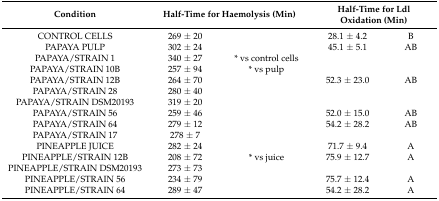
<table><thead><tr><td><b>Condition</b></td><td colspan="2"><b>Half-Time for Haemolysis (Min)</b></td><td colspan="2"><b>Half-Time for Ldl Oxidation (Min)</b></td></tr></thead><tbody><tr><td>CONTROL CELLS</td><td>269 ± 20</td><td></td><td>28.1 ± 4.2</td><td>B</td></tr><tr><td>PAPAYA PULP</td><td>302 ± 24</td><td></td><td>45.1 ± 5.1</td><td>AB</td></tr><tr><td>PAPAYA/STRAIN 1</td><td>340 ± 27</td><td>* vs control cells</td><td></td><td></td></tr><tr><td>PAPAYA/STRAIN 10B</td><td>257 ± 94</td><td>* vs pulp</td><td></td><td></td></tr><tr><td>PAPAYA/STRAIN 12B</td><td>264 ± 70</td><td></td><td>52.3 ± 23.0</td><td>AB</td></tr><tr><td>PAPAYA/STRAIN 28</td><td>280 ± 40</td><td></td><td></td><td></td></tr><tr><td>PAPAYA/STRAIN DSM20193</td><td>319 ± 20</td><td></td><td></td><td></td></tr><tr><td>PAPAYA/STRAIN 56</td><td>259 ± 46</td><td></td><td>52.0 ± 15.0</td><td>AB</td></tr><tr><td>PAPAYA/STRAIN 64</td><td>279 ± 12</td><td></td><td>54.2 ± 28.2</td><td>AB</td></tr><tr><td>PAPAYA/STRAIN 17</td><td>278 ± 7</td><td></td><td></td><td></td></tr><tr><td>PINEAPPLE JUICE</td><td>282 ± 24</td><td></td><td>71.7 ± 9.4</td><td>A</td></tr><tr><td>PINEAPPLE/STRAIN 12B</td><td>208 ± 72</td><td>* vs juice</td><td>75.9 ± 12.7</td><td>A</td></tr><tr><td>PINEAPPLE/STRAIN DSM20193</td><td>273 ± 73</td><td></td><td></td><td></td></tr><tr><td>PINEAPPLE/STRAIN 56</td><td>234 ± 79</td><td></td><td>75.7 ± 12.4</td><td>A</td></tr><tr><td>PINEAPPLE/STRAIN 64</td><td>289 ± 47</td><td></td><td>54.2 ± 28.2</td><td>A</td></tr></tbody></table>